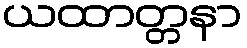
ယထာတ္တနာ